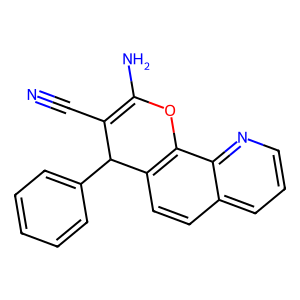
SMILES: N#CC1=C(N)Oc2c(ccc3cccnc23)C1c1ccccc1
Inhibits HIV replication: No